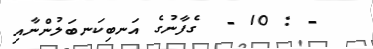
- : 10 -  ގެފާނުގެ އަނބިކަނބަލުންނާއި